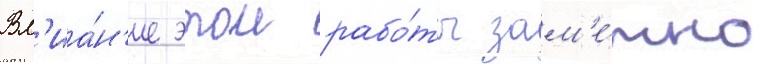
Вл'иа́н'ие этои рабо́ты зам'е́тно